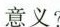
意义?